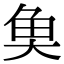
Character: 𩵋